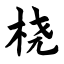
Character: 桡